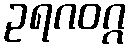
ဥရဂဝဂ္ဂ